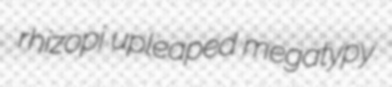
rhizopi upleaped megatypy